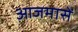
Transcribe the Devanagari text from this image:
आजमासें